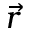
\vec { r }